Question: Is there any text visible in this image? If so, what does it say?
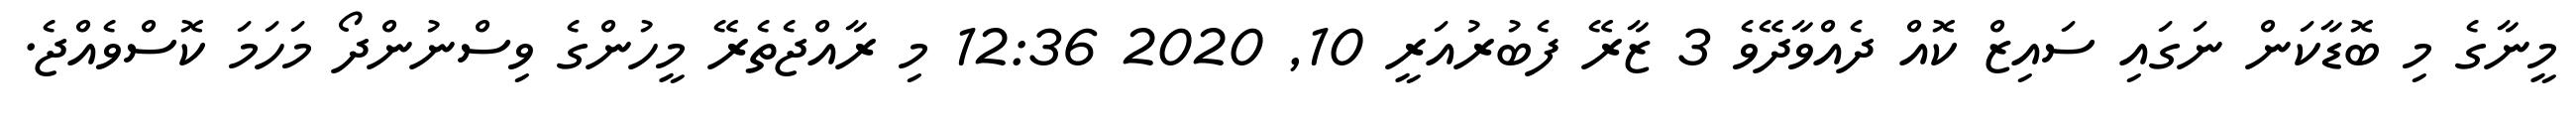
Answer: މީނާގެ މި ބޮޑާކަން ނަގައި ސައިޒް ކޮއް ދެއްވާދޭވެ 3 ޒާރޭ ފެބުރުއަރީ 10, 2020 12:36 މި ރާއްޖެތެރޭ މީހުންގެ ވިސްނުންދޯ މަހަމަ ކޮސްވެއްޖެ.